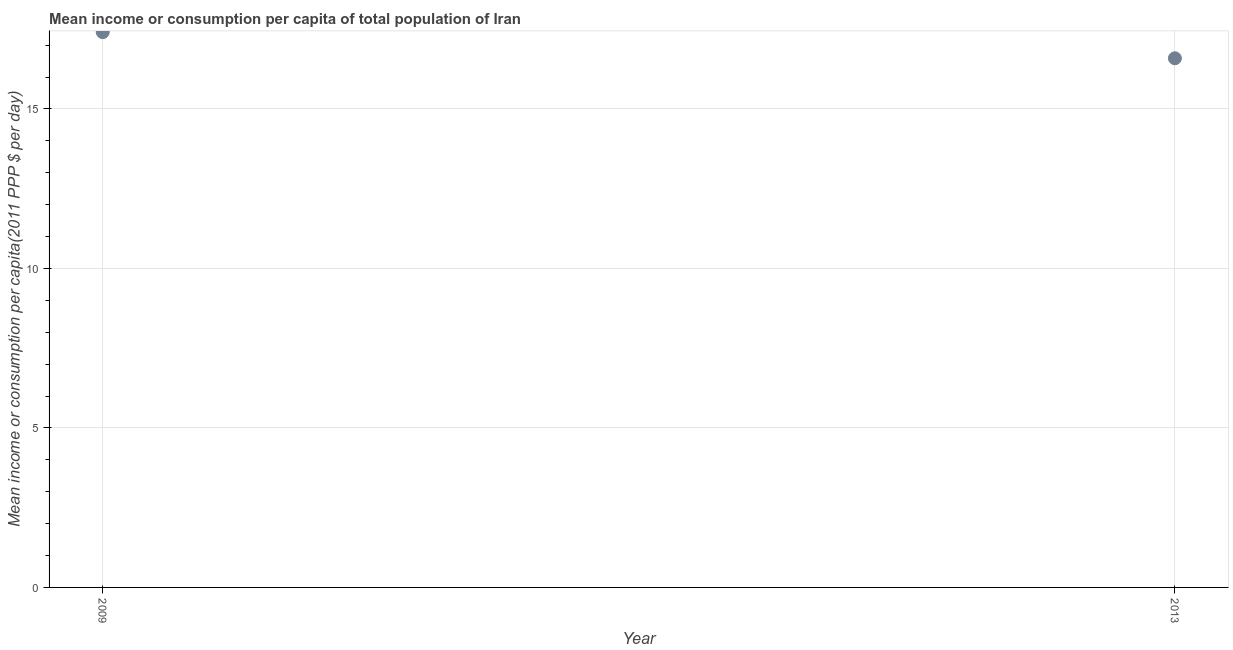
| Year | Total population |
 | --- | --- |
 | 2009 | 17.4 |
 | 2013 | 16.6 |